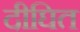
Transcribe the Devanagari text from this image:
दीघित